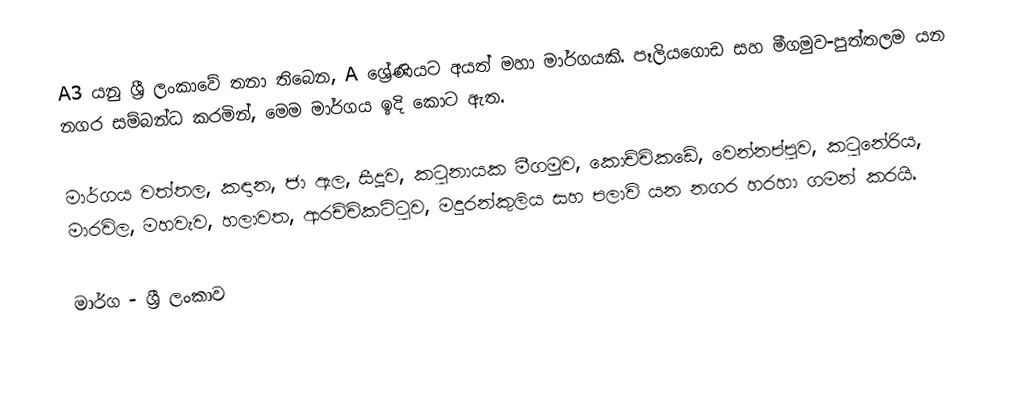
A3 යනු ශ්‍රී ලංකාවේ තනා තිබෙන, A ශ්‍රේණියට අයත් මහා මාර්ගයකි. පෑලියගොඩ සහ මීගමුව-පුත්තලම යන නගර සම්බන්ධ කරමින්, මෙම මාර්ගය ඉදි කොට ඇත.

මාර්ගය වත්තල,  කඳාන, ජා ඇල, සීදූව, කටුනායක මීගමුව, කොච්චිකඩේ, වෙන්නප්පුව, කටුනේරිය, මාරවිල, මහවැව, හලාවත, ආරච්චිකට්ටුව, මදුරන්කුලිය සහ පලාවි යන නගර හරහා ගමන් කරයි.

මාර්ග - ශ්‍රී ලංකාව